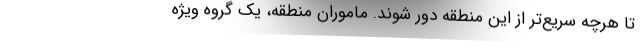
تا هرچه سریع‌تر از این منطقه دور شوند. ماموران منطقه، یک گروه ویژه